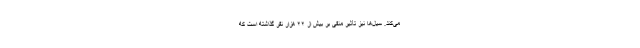
می‌کند. سیل‌ها نیز تأثیر منفی بر بیش از ۲۲ هزار نفر گذاشته است که